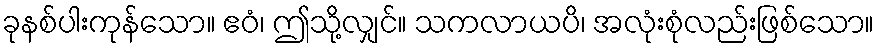
ခုနစ်ပါးကုန်သော။ ဧဝံ၊ ဤသို့လျှင်။ သကလာယပိ၊ အလုံးစုံလည်းဖြစ်သော။